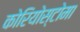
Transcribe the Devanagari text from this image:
कोरियोस्टोमा